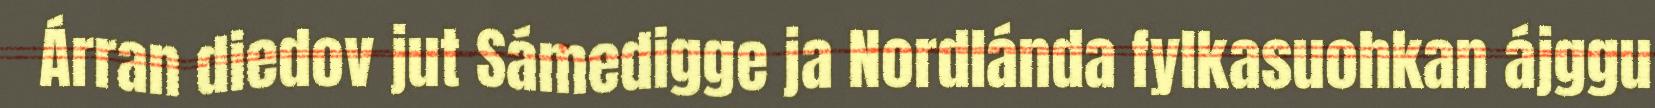
Árran diedov jut Sámedigge ja Nordlánda fylkasuohkan ájggu